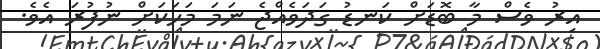
އިރު ވެސް މާ ބޮޑަށް ކަނޑު ގަދަވެެއްޖެ ނަމަ މަހަކަށް ނުފުރަ އެވެ.